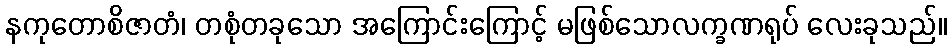
နကုတောစိဇာတံ၊ တစုံတခုသော အကြောင်းကြောင့် မဖြစ်သောလက္ခဏရုပ် လေးခုသည်။